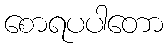
စောရပပါတော